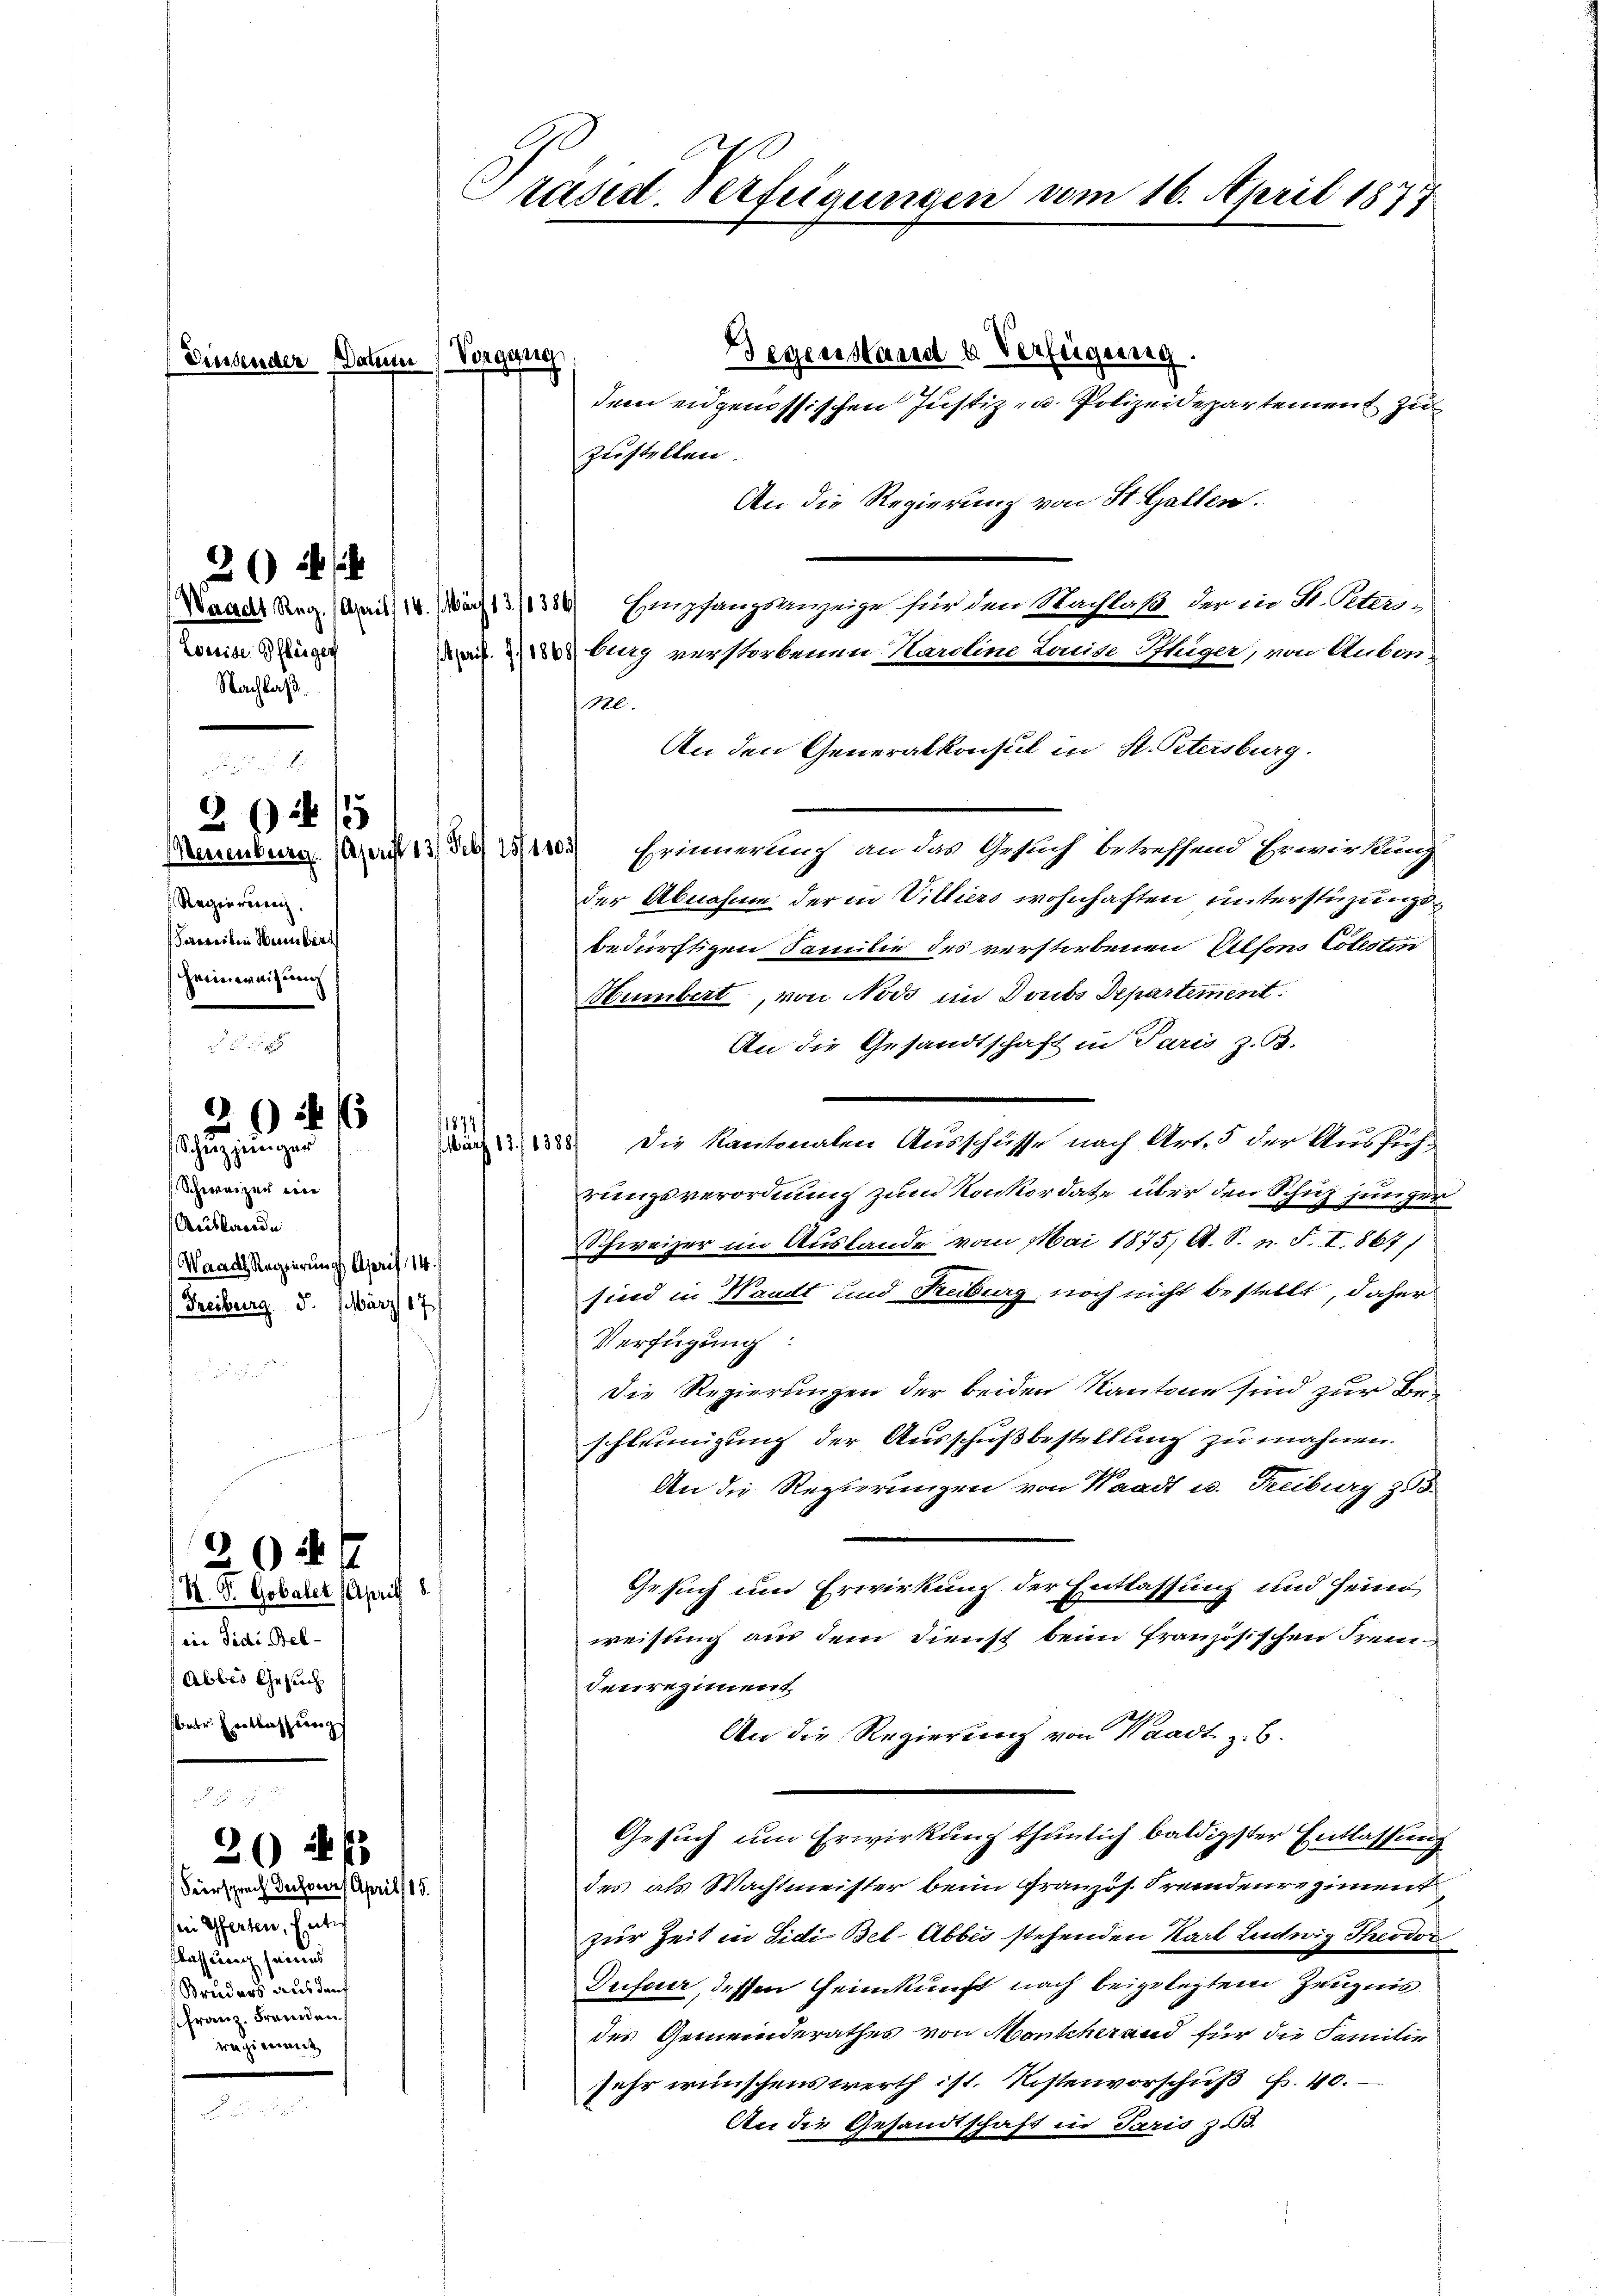
(Diesender Datum Vorgang

2 2
Zoerise Pflegen
Nachlaß

15
Regierung.
Serweiten Weinbert
Heimweisung

2 (2125

)4

schung eingen
Schweizer eine
Auslande
Waadt Regierungs April 14.
Freiburg. 5. März 17

20 21

2047
M. D. Gobaler (April 8
(in Fidi Bel
Abbes Gesuch
betr. Entlassung

Fiersprach desser April 15.
sein Gferten, Enter
flassung seines
Bruders aus den
ffranz. Fremden
regierent

Degenstand u. Verfügung.
dem eidgenössischen Justiz- u. Polizeidepartement zu
zustellen.
An die Regierung von St. Gallen.
Waadt Reg. (April 1.) Wärst 3/1386) Empfangsanzeige für den Nachlaß der in H. Peler-
burg verstorbenen Karoline Louise Sthiger, von Aubos-
20.
An den Generalkonsul in St. Petersburg.
aumburg. Mai 13 des 1103) Erinnerlich an das Gesuch betreffend Erwirkung
der Abnahme der in Villiers wohnhaften unterstüzungsbedürftigen Familie des verstorbenen Vilsons Colestin
Hümbert, von Nodo im Doubs Departement:
An die Gesandtschaft in Paris z. B.
1874
 Die Kantonalen Ausschüsse nach Art. 5 der Ausfüh-
rungsverordnung zum Konkordate über den Schuz junger
Schweizer im Auslande vom Mai 1875, A. S. n. F. I. 867)
sind in Waadt und Freiburg noch nicht bestellt, daher
Verfügung:
Die Regierungen der beiden Kantone sind zur Beschleunigung der Ausschußbestellung zu mahnen.
An die Regierungen von Waadt u. Freiburg 355.
Gesuch und Erwirkung der Entlassung und seine
weisung aus dem Dienst beim französischen Fremdenregiment
An die Regierung von Waadt z. B.
Gesuch um Erwirkung thunlich baldigster Entlassung
des als Wachtmeister beim Gränz(...) Fremdenrezimmend
zur Zeit in Sidi Bel-Abbes stehenden Karl Ludwig Theodor
Dufour, dessen Heimkunft nach beigelegtem Zeugnis
des Gemeinderathes von Monscherand für die Familie
sehr wünschenswerth ist. Kostenvorschuß Fr. 40.
An die Gesandtschaft in Paris z.B.

Präsid. Verfügungen vom 16. April 1877